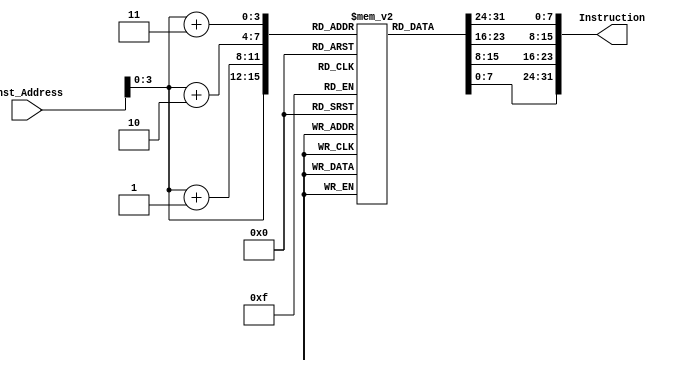
module Instruction_memory
(
	input [63:0] Inst_Address,
	output reg [31:0] Instruction
);
	
	reg [7:0] instructions [15:0];

	initial
	begin
		instructions[0] <= 8'b10000011;
		instructions[1] <= 8'b00110100;
		instructions[2] <= 8'b00000101;
		instructions[3] <= 8'b00001111;
		instructions[4] <= 8'b10110011;
		instructions[5] <= 8'b10000100;
		instructions[6] <= 8'b10011010;
		instructions[7] <= 8'b00000000;
		instructions[8] <= 8'b10010011;
		instructions[9] <= 8'b10000100;
		instructions[10] <= 8'b00010100;
		instructions[11] <= 8'b00000000;
		instructions[12] <= 8'b00100011;
		instructions[13] <= 8'b00111000;
		instructions[14] <= 8'b10010101;
		instructions[15] <= 8'b00001110;
	end

	always @( Inst_Address )
	begin
		Instruction = {instructions[Inst_Address+3], instructions[Inst_Address+2], instructions[Inst_Address+1], instructions[Inst_Address]};
	end

endmodule